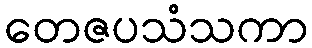
တေဇပသံသကာ